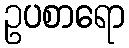
ဥပစာရော